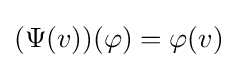
(\Psi (v))(\varphi )=\varphi (v)